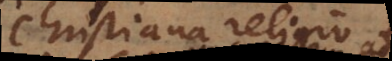
Christiana religio